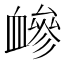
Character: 𧗋